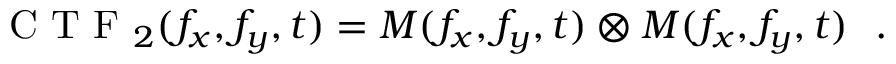
\textrm { C T F } _ { 2 } ( f _ { x } , f _ { y } , t ) = M ( f _ { x } , f _ { y } , t ) \otimes M ( f _ { x } , f _ { y } , t ) \ \ .